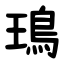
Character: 鳿